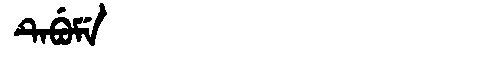
Manchu: ᡨᡝᠪᡠᠮᡝ
Romanization: TEBUME